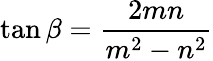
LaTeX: \tan{\beta}={\frac{2mn}{m^{2}-n^{2}}}